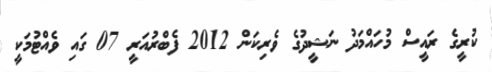
ކުރީގެ ރައީސް މުހައްމަދު ނަޝީދުގެ ވެރިކަން 2012 ފެބްރުއަރީ 07 ގައި ވެއްޓުމަކީ